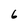
Character: 6